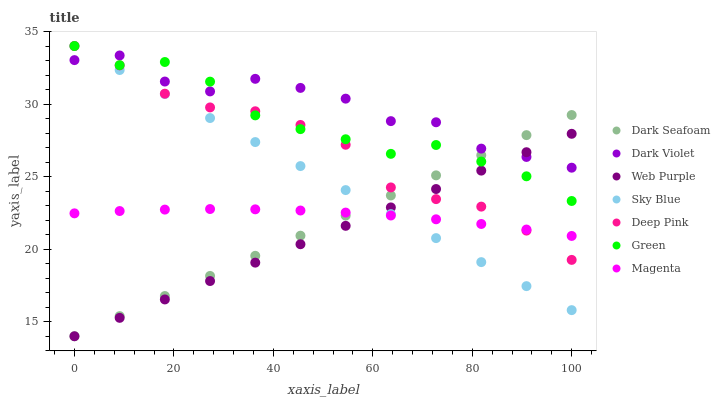
| xaxis_label | Dark Seafoam | Dark Violet | Web Purple | Sky Blue | Deep Pink | Green | Magenta |
 | --- | --- | --- | --- | --- | --- | --- | --- |
 | 0 | 14 | 33 | 14 | 34 | 34 | 34 | 22.5 |
 | 9.09 | 15.4 | 33.3 | 15.3 | 32.3 | 32.7 | 32.7 | 22.6 |
 | 18.2 | 16.8 | 31.6 | 16.5 | 30.7 | 30.7 | 32.9 | 22.7 |
 | 27.3 | 18.2 | 30.9 | 17.8 | 29 | 29.8 | 31.5 | 22.8 |
 | 36.4 | 19.5 | 31.7 | 19.1 | 27.4 | 29.5 | 29.2 | 22.7 |
 | 45.5 | 20.9 | 31.1 | 20.3 | 25.7 | 28.6 | 28.3 | 22.7 |
 | 54.5 | 22.3 | 30.4 | 21.6 | 24.1 | 27.2 | 27.6 | 22.5 |
 | 63.6 | 23.7 | 28.8 | 22.9 | 22.4 | 24.3 | 26.6 | 22.3 |
 | 72.7 | 25.1 | 28.7 | 24.1 | 20.8 | 23.4 | 27.2 | 22.1 |
 | 81.8 | 26.5 | 26.9 | 25.4 | 19.1 | 22.9 | 26 | 21.7 |
 | 90.9 | 27.9 | 26.4 | 26.7 | 17.5 | 21.3 | 25 | 21.4 |
 | 100 | 29.2 | 25.6 | 28 | 15.8 | 19.3 | 23.3 | 20.9 |